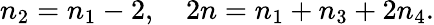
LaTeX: n_{2}=n_{1}-2,\quad 2n=n_{1}+n_{3}+2n_{4}.